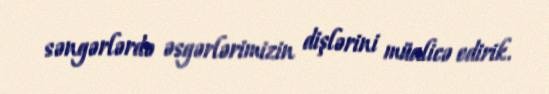
səngərlərdə əsgərlərimizin dişlərini müalicə edirik.